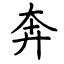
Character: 奔